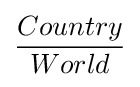
{\frac {Country}{World}}